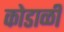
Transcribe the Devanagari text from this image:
कोडाळी